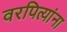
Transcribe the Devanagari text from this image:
वरपित्यांना